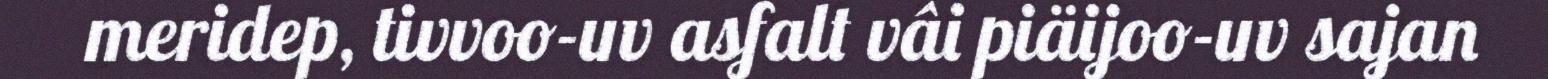
meridep, tivvoo-uv asfalt vâi piäijoo-uv sajan